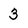
Character: 3